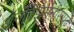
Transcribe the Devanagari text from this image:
अॅनॅक्झिमेनीसपुढे